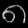
Digit: ၈